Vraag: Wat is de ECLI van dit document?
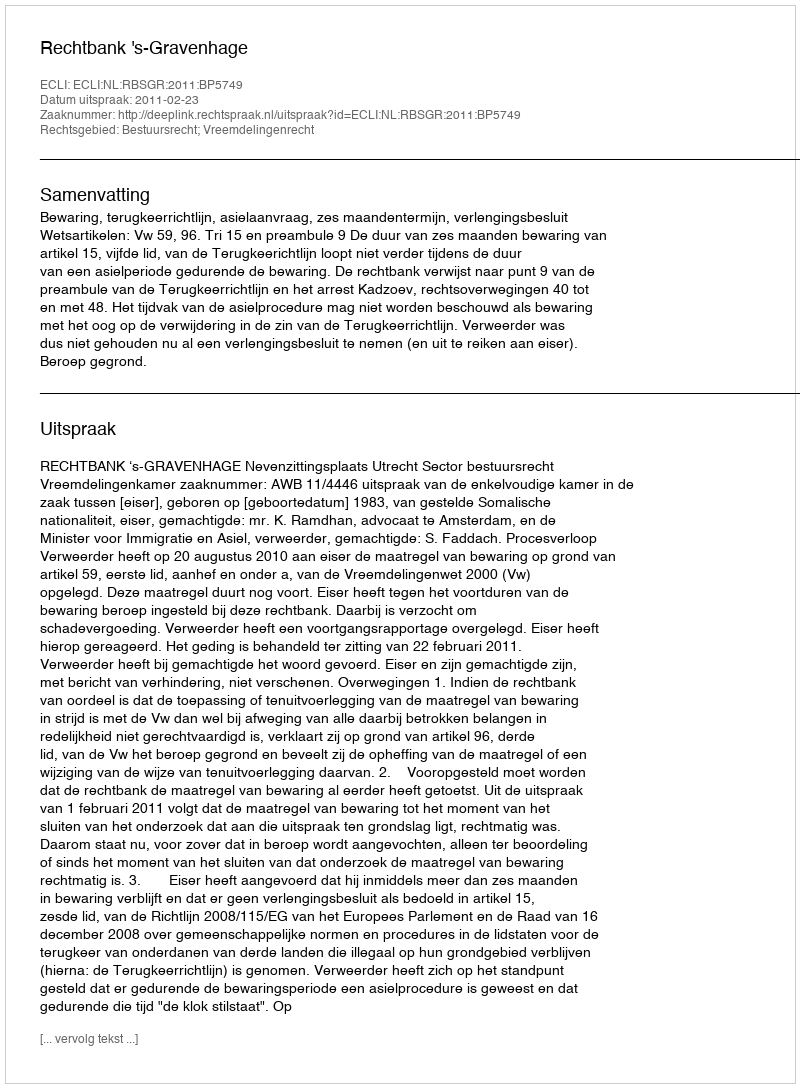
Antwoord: ECLI:NL:RBSGR:2011:BP5749